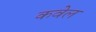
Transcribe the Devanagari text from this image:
कवेल